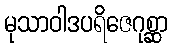
မုသာဝါဒပရိဇေဂုစ္ဆာ